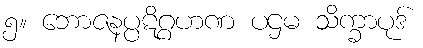
၅။ ဘောဇနပ္ပဋိဂ္ဂဟဏ ပဌမ သိက္ခာပုဒ်